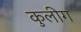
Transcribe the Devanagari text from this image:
कुलीग